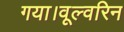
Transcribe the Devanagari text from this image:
गया।वूल्वरिन